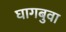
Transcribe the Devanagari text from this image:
घागबुवा